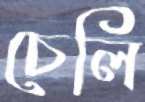
চেলি